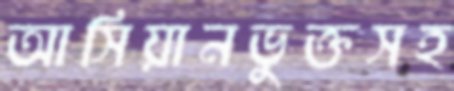
আসিয়ানভুক্তসহ